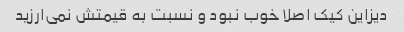
دیزاین کیک اصلا خوب نبود و نسبت به قیمتش نمی‌ارزید